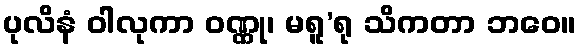
ပုလိနံ ဝါလုကာ ဝဏ္ဏု၊ မရူ’ရု သိကတာ ဘဝေ။